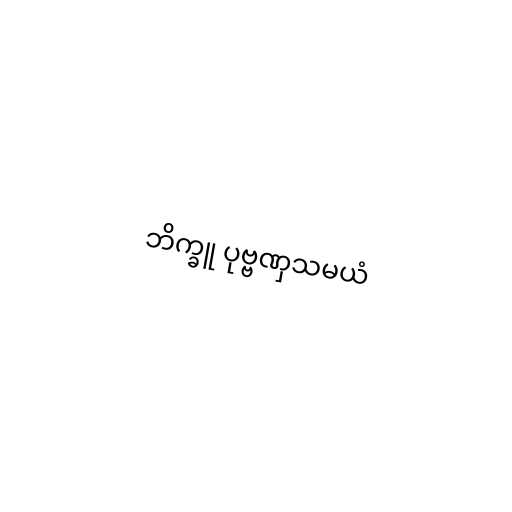
ဘိက္ခူ ပုဗ္ဗဏှသမယံ